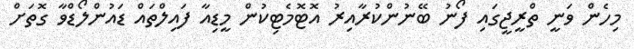
މިހެން ވަނީ ތްރީޖީގައި ފޯނު ބޭނުންކުރާއިރު އޮޓޮމެޓިކުން މީޑިއާ ފައިލްތައް ޑައުންލޯޑްވާ ގޮތަށް